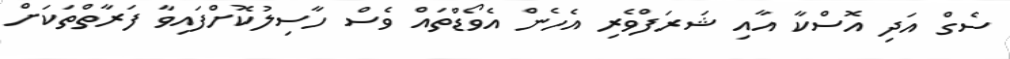
ސެގް އަދި އޮސްކާ އާއި ޝަރަފްވެރި އެހެން އެވޯޑްތައް ވެސް ހާސިލުކޮށްފައިވާ ފަރާތްތަކަށް